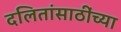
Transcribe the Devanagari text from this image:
दलितांसाठींच्या